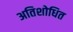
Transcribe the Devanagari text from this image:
अतिशोधित